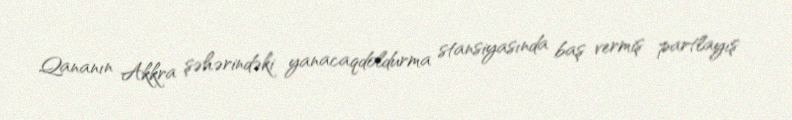
Qananın Akkra şəhərindəki yanacaqdoldurma stansiyasında baş vermiş partlayış